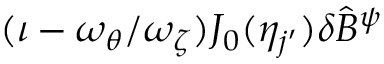
( \iota - \omega _ { \theta } / \omega _ { \zeta } ) J _ { 0 } ( \eta _ { j ^ { \prime } } ) \delta \hat { B } ^ { \psi }